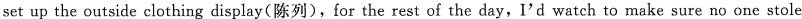
set up the outside clothing display(陈列), for the rest of the day, I'd watch to make sure no one stole